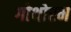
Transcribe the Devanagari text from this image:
गोथोरम